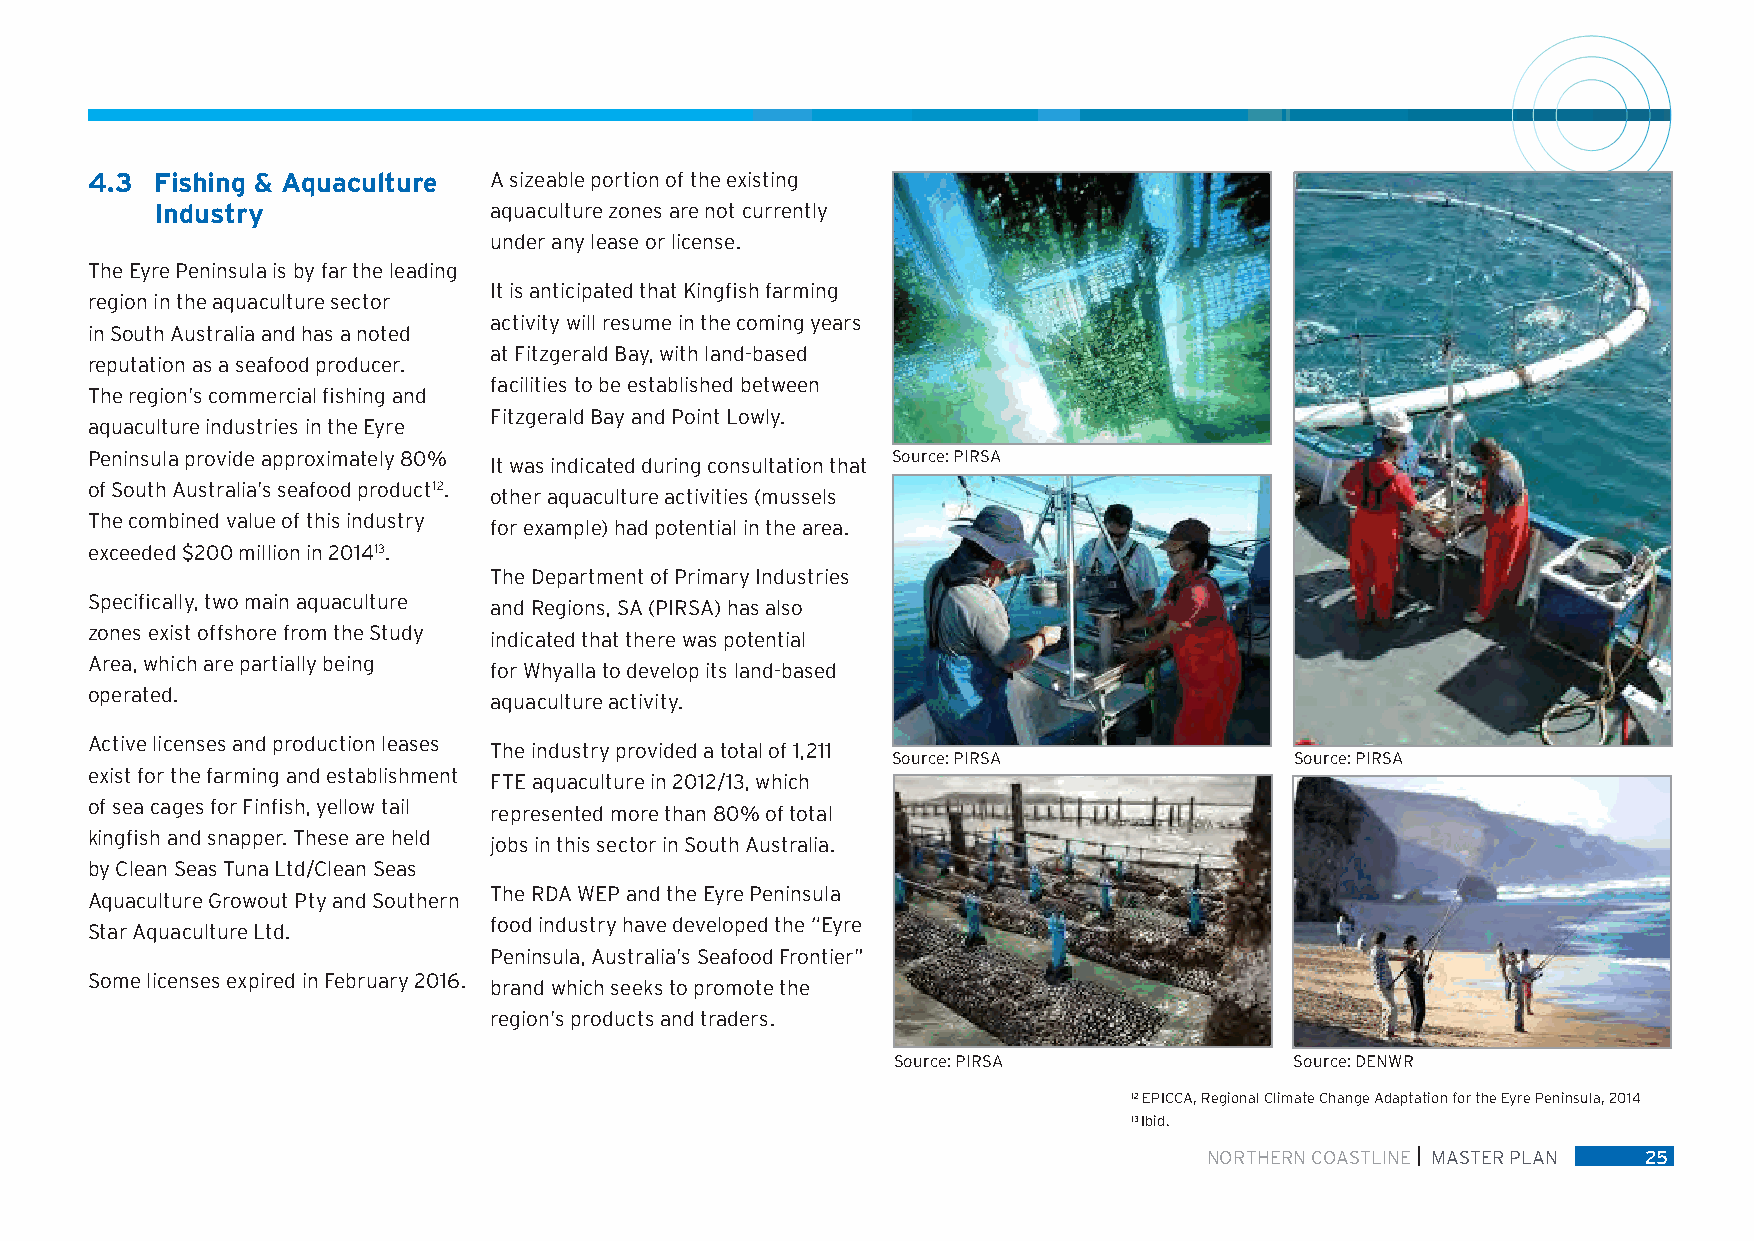
4.3 Fishing & Aquaculture A sizeable portion of the existing
 Industry              aquaculture zones are not currently
 under any lease or license.
 The Eyre Peninsula is by far the leading
 It is anticipated that Kingfish farming
 region in the aquaculture sector
 activity will resume in the coming years
 in South Australia and has a noted
 at Fitzgerald Bay, with land-based
 reputation as a seafood producer.
 facilities to be established between
 The region’s commercial fishing and
 Fitzgerald Bay and Point Lowly.
 aquaculture industries in the Eyre
 Peninsula provide approximately 80%                  Source: PIRSA
 It was indicated during consultation that
 of South Australia’s seafood product12.
 other aquaculture activities (mussels
 The combined value of this industry
 for example) had potential in the area.
 exceeded $200 million in 201413.
 The Department of Primary Industries
 Specifically, two main aquaculture
 and Regions, SA (PIRSA) has also
 zones exist offshore from the Study
 indicated that there was potential
 Area, which are partially being
 for Whyalla to develop its land-based
 operated.
 aquaculture activity.
 Active licenses and production leases
 The industry provided a total of 1,211
 Source: PIRSA              Source: PIRSA
 exist for the farming and establishment
 FTE aquaculture in 2012/13, which
 of sea cages for Finfish, yellow tail
 represented more than 80% of total
 kingfish and snapper. These are held
 jobs in this sector in South Australia.
 by Clean Seas Tuna Ltd/Clean Seas
 The RDA WEP and the Eyre Peninsula
 Aquaculture Growout Pty and Southern
 food industry have developed the “Eyre
 Star Aquaculture Ltd.
 Peninsula, Australia’s Seafood Frontier”
 Some licenses expired in February 2016.
 brand which seeks to promote the
 region’s products and traders.
 Source: PIRSA              Source: DENWR
 12 EPICCA, Regional Climate Change Adaptation for the Eyre Peninsula, 2014
 13 Ibid.
 NORTHERN COASTLINE MASTER PLAN 25